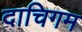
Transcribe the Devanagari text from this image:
दाचिगम